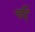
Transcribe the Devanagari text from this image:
चाँदे